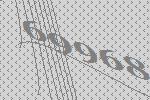
69968